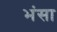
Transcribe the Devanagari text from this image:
भंसा